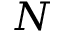
N